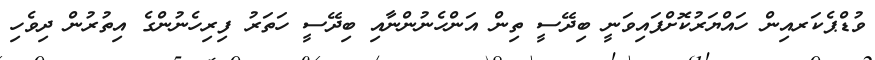
ވުޑްޕެކަރއިން ހައްޔަރުކޮށްފައިވަނީ ބިދޭސީ ތިން އަންހެނުންނާއި ބިދޭސީ ހަތަރު ފިރިހެނުންގެ އިތުރުން ދިވެހި